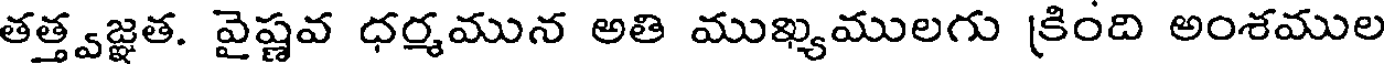
తత్త్వజ్ఞత. వైష్ణవ ధర్మమున అతి ముఖ్యములగు క్రింది అంశముల